Insane asylums in Bengal annual reports 1867-1875 - 1867-1875
Year: 1867
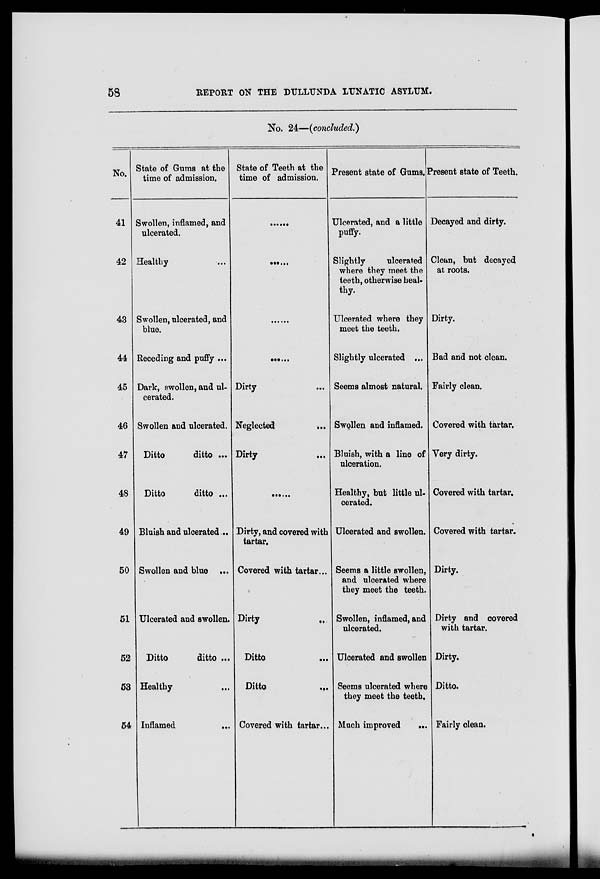
58
REPORT ON THE DULLUNDA LUNATIC ASYLUM.
No. 24—(concluded.)
No.
41
42
43
44
45
46
47
48
49
50
51
52
53
54
State of Gums at the
time of admission.
Swollen, inflamed, and
ulcerated.
Healthy ...
Swollen, ulcerated, and
blue.
Receding and puffy ...
Dark, swollen, and ul-
cerated.
Swollen and ulcerated.
Ditto
ditto ...
Ditto
ditto ...
Bluish and ulcerated...
Swollen and blue ...
Ulcerated and swollen.
Ditto
ditto ...
Healthy ...
Inflamed
...
State of Teeth at the
time of admission.
......
......
......
......
Dirty ...
Neglected
...
Dirty ...
......
Dirty, and covered with
tartar.
Covered with tartar...
Dirty ...
Ditto ...
Ditto
...
Covered with tartar...
Present state of Gums.
Ulcerated, and a little
puffy.
Slightly
ulcerated
where they meet the
teeth, otherwise heal¬
thy.
Ulcerated where they
meet the teeth.
Slightly ulcerated ...
Seems almost natural.
Swollen and inflamed.
Bluish, with a line of
ulceration.
Healthy, but little ul-
cerated.
Ulcerated and swollen.
Seems a little swollen,
and ulcerated where
they meet the teeth.
Swollen, inflamed, and
ulcerated.
Ulcerated and swollen
Seems ulcerated where
they meet the teeth.
Much improved
...
Present state of Teeth.
Decayed and dirty.
Clean, but decayed
at roots.
Dirty.
Bad and not clean.
Fairly clean.
Covered with tartar.
Very dirty.
Covered with tartar.
Covered with tartar.
Dirty.
Dirty and covered
with tartar.
Dirty.
Ditto.
Fairly clean.